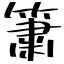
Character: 簫